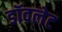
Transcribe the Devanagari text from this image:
डॉवलेट